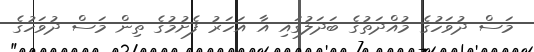
މަސް ދުވަހުގެ މުއްދަތުގެ ބަދަލުގައި އާ އަހަރު ފެށުމުގެ ތިން މަސް ދުވަހުގެ